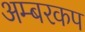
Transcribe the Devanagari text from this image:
अम्बरकप